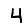
Digit: 4